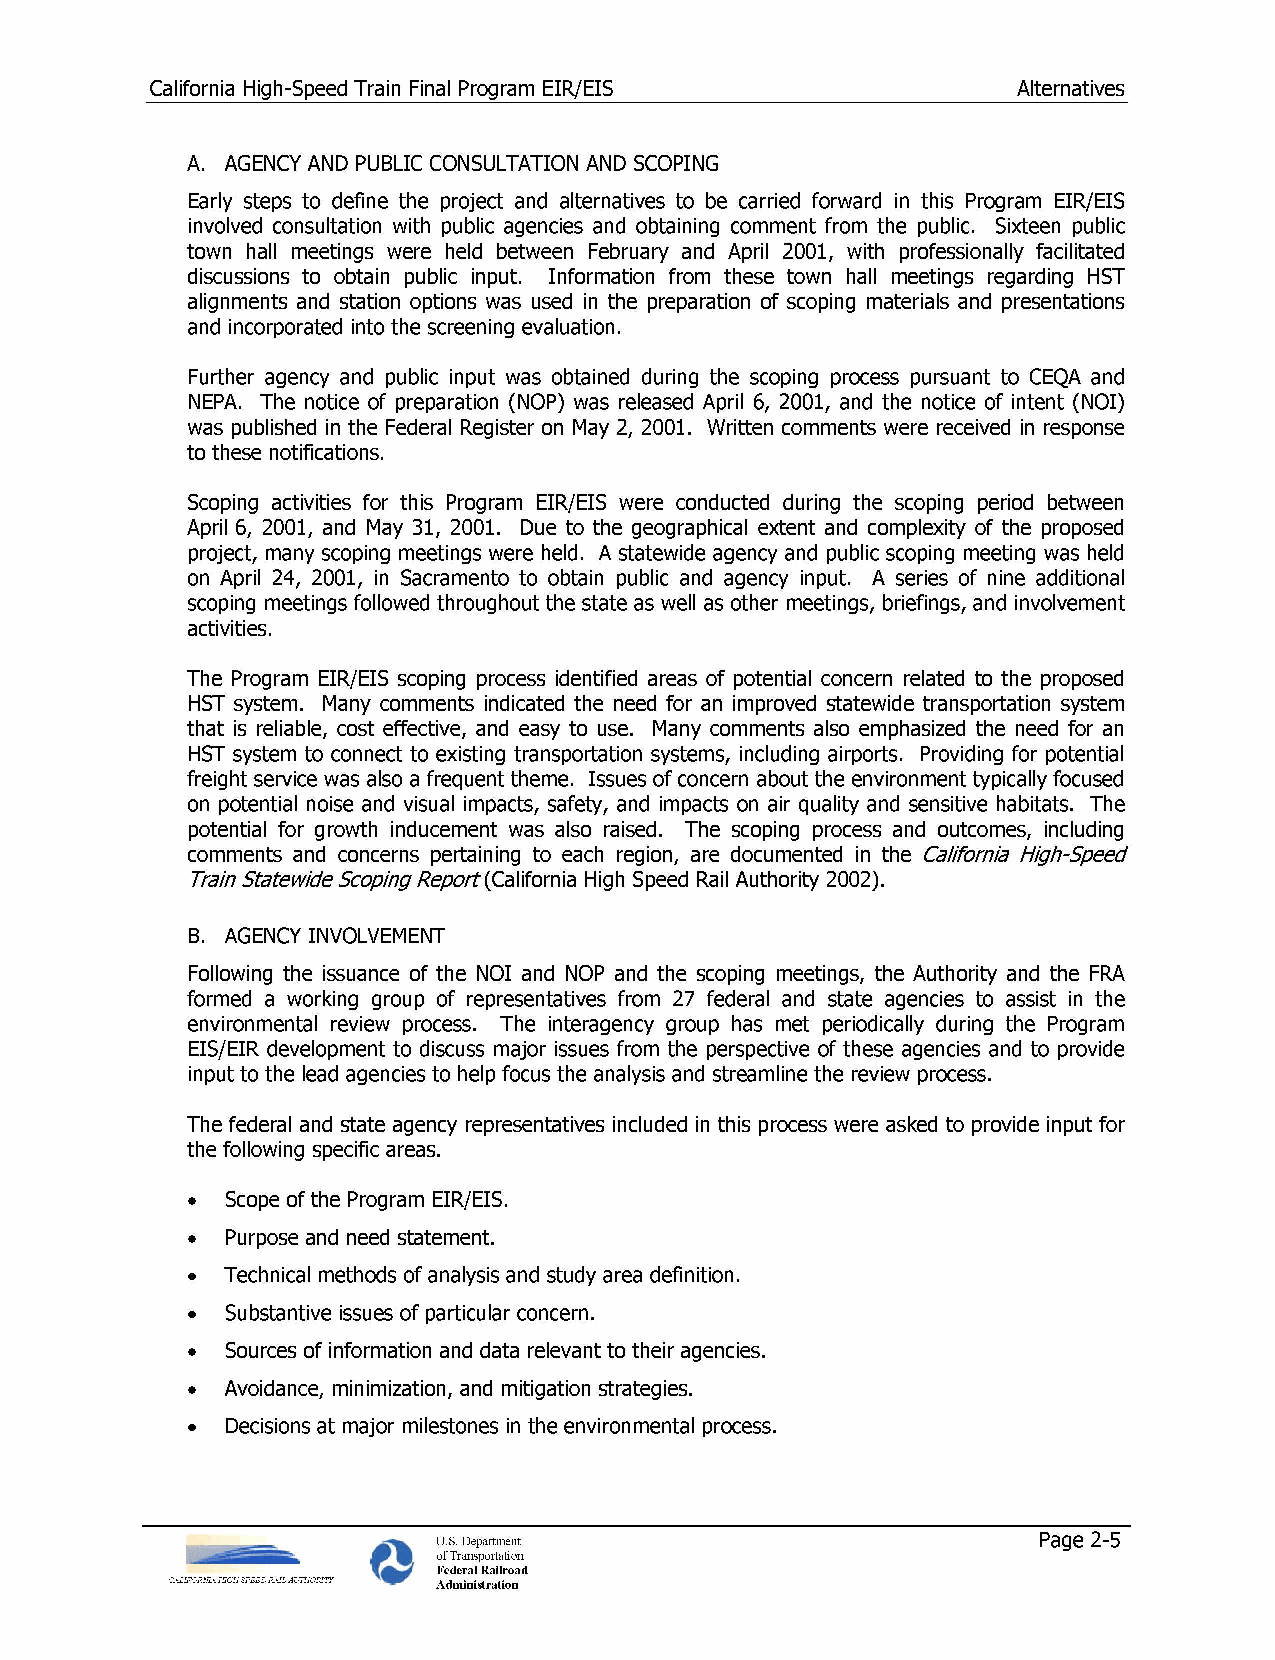
California High-Speed Train Final Program EIR/EIS        Alternatives
 A. AGENCY AND PUBLIC CONSULTATION AND SCOPING
 Early steps to define the project and alternatives to be carried forward in this Program EIR/EIS
 involved consultation with public agencies and obtaining comment from the public. Sixteen public
 town hall meetings were held between February and April 2001, with professionally facilitated
 discussions to obtain public input. Information from these town hall meetings regarding HST
 alignments and station options was used in the preparation of scoping materials and presentations
 and incorporated into the screening evaluation.
 Further agency and public input was obtained during the scoping process pursuant to CEQA and
 NEPA. The notice of preparation (NOP) was released April 6, 2001, and the notice of intent (NOI)
 was published in the Federal Register on May 2, 2001. Written comments were received in response
 to these notifications.
 Scoping activities for this Program EIR/EIS were conducted during the scoping period between
 April 6, 2001, and May 31, 2001. Due to the geographical extent and complexity of the proposed
 project, many scoping meetings were held. A statewide agency and public scoping meeting was held
 on April 24, 2001, in Sacramento to obtain public and agency input. A series of nine additional
 scoping meetings followed throughout the state as well as other meetings, briefings, and involvement
 activities.
 The Program EIR/EIS scoping process identified areas of potential concern related to the proposed
 HST system. Many comments indicated the need for an improved statewide transportation system
 that is reliable, cost effective, and easy to use. Many comments also emphasized the need for an
 HST system to connect to existing transportation systems, including airports. Providing for potential
 freight service was also a frequent theme. Issues of concern about the environment typically focused
 on potential noise and visual impacts, safety, and impacts on air quality and sensitive habitats. The
 potential for growth inducement was also raised. The scoping process and outcomes, including
 comments and concerns pertaining to each region, are documented in the California High-Speed
 Train Statewide Scoping Report(California High Speed Rail Authority 2002).
 B. AGENCYINVOLVEMENT
 Following the issuance of the NOI and NOP and the scoping meetings, the Authority and the FRA
 formed a working group of representatives from 27 federal and state agencies to assist in the
 environmental review process. The interagency group has met periodically during the Program
 EIS/EIR development to discuss major issues from the perspective of these agencies and to provide
 input to the lead agencies to help focus the analysis and streamline the review process.
 The federal and state agency representatives included in this process were asked to provide input for
 the following specific areas.
 •  Scope of the Program EIR/EIS.
 •  Purpose and need statement.
 •  Technical methods of analysis and study area definition.
 •  Substantive issues of particular concern.
 •  Sources of information and data relevant to their agencies.
 •  Avoidance, minimization, and mitigation strategies.
 •  Decisions at major milestones in the environmental process.
 U.S. Department                         Page 2-5
 of Transportation
 Federal Railroad
 Administration